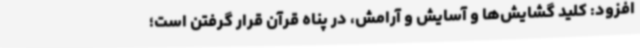
افزود: کلید گشایش‌ها و آسایش و آرامش، در پناه قرآن قرار گرفتن است؛